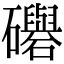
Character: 𥗵